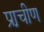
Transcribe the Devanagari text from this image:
प्रा़चीण